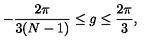
- \frac { 2 \pi } { 3 ( N - 1 ) } \leq g \leq \frac { 2 \pi } { 3 } ,